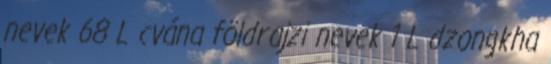
nevek‎ 68 L cvána földrajzi nevek‎ 1 L dzongkha